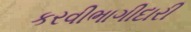
કરવીભાગીદારી